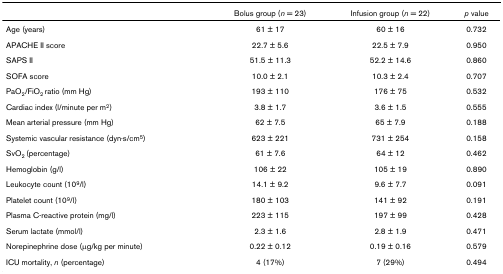
<table><thead><tr><td></td><td><b>Bolus group (<i>n </i>= 23)</b></td><td><b>Infusion group (<i>n </i>= 22)</b></td><td><b><i>p </i>value</b></td></tr></thead><tbody><tr><td>Age (years)</td><td>61 ± 17</td><td>60 ± 16</td><td>0.732</td></tr><tr><td>APACHE II score</td><td>22.7 ± 5.6</td><td>22.5 ± 7.9</td><td>0.950</td></tr><tr><td>SAPS II</td><td>51.5 ± 11.3</td><td>52.2 ± 14.6</td><td>0.860</td></tr><tr><td>SOFA score</td><td>10.0 ± 2.1</td><td>10.3 ± 2.4</td><td>0.707</td></tr><tr><td>PaO<sub>2</sub>/FiO<sub>2 </sub>ratio (mm Hg)</td><td>193 ± 110</td><td>176 ± 75</td><td>0.532</td></tr><tr><td>Cardiac index (l/minute per m<sup>2</sup>)</td><td>3.8 ± 1.7</td><td>3.6 ± 1.5</td><td>0.555</td></tr><tr><td>Mean arterial pressure (mm Hg)</td><td>62 ± 7.5</td><td>65 ± 7.9</td><td>0.188</td></tr><tr><td>Systemic vascular resistance (dyn·s/cm<sup>5</sup>)</td><td>623 ± 221</td><td>731 ± 254</td><td>0.158</td></tr><tr><td>SvO<sub>2 </sub>(percentage)</td><td>61 ± 7.6</td><td>64 ± 12</td><td>0.462</td></tr><tr><td>Hemoglobin (g/l)</td><td>106 ± 22</td><td>105 ± 19</td><td>0.890</td></tr><tr><td>Leukocyte count (10<sup>9</sup>/l)</td><td>14.1 ± 9.2</td><td>9.6 ± 7.7</td><td>0.091</td></tr><tr><td>Platelet count (10<sup>9</sup>/l)</td><td>180 ± 103</td><td>141 ± 92</td><td>0.191</td></tr><tr><td>Plasma C-reactive protein (mg/l)</td><td>223 ± 115</td><td>197 ± 99</td><td>0.428</td></tr><tr><td>Serum lactate (mmol/l)</td><td>2.3 ± 1.6</td><td>2.8 ± 1.9</td><td>0.471</td></tr><tr><td>Norepinephrine dose (μg/kg per minute)</td><td>0.22 ± 0.12</td><td>0.19 ± 0.16</td><td>0.579</td></tr><tr><td>ICU mortality, <i>n </i>(percentage)</td><td>4 (17%)</td><td>7 (29%)</td><td>0.494</td></tr></tbody></table>